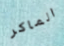
الماكر